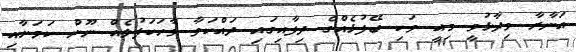
އަނާރާ ވިދާޅުވީ މިއީ ވަކި ބޭފުޅެއްގެ ދިފާއިގައި ދައްކަވާ ވާހަކަފުލެއް ނޫން ކަމަށާއި